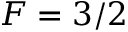
F = 3 / 2